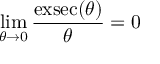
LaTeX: \operatorname* { l i m } _ { \theta \to 0 } { \frac { \operatorname { e x s e c } ( \theta ) } { \theta } } = 0